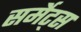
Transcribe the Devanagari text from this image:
सर्मेट्स